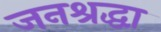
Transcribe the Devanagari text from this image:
जनश्रद्धा